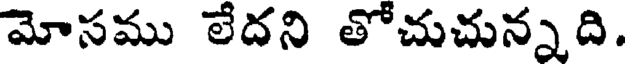
మోసము లేదని తోచుచున్నది.